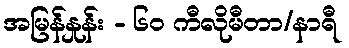
အမြန်နှုန်း - ၆၀ ကီလိုမီတာ/နာရီ